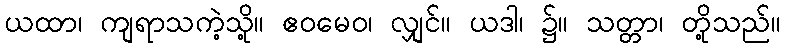
ယထာ၊ ကျရာသကဲ့သို့။ ဧဝမေဝ၊ လျှင်။ ယဒါ၊ ၌။ သတ္တာ၊ တို့သည်။